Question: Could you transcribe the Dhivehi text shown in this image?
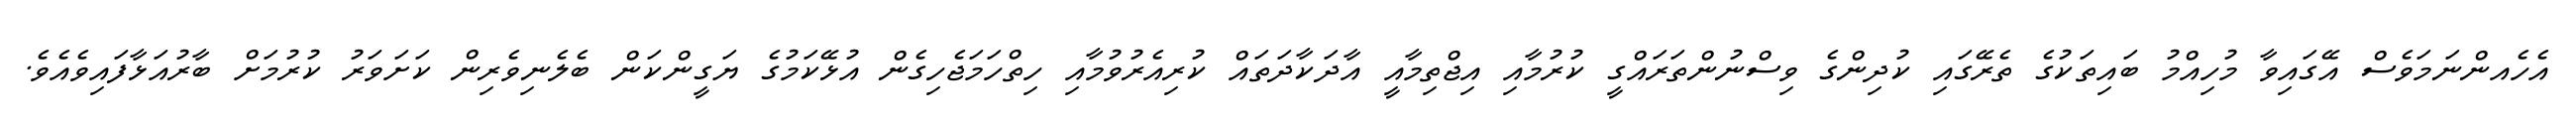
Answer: އެހެއންނަމަވެސް އޭގައިވާ މުހިއްމު ބައިތަކުގެ ތެރޭގައި ކުދިންގެ ވިސްނުންތަރައްގީ ކުރުމާއި އިޖްތިމާއީ އާދަކާދަތައް ކުރިއެރުވުމާއި ހިތްހަމަޖެހިގެން އުޅޭކަމުގެ ޔަގީންކަން ބެލެނިވެރިން ކަށަވަރު ކުރުމަށް ބާރުއަޅާފައިވެއެވެ.